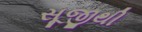
સૂજીથી